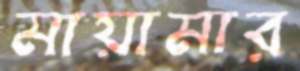
মায়ামার